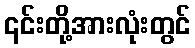
၎င်းတို့အားလုံးတွင်